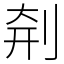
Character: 㓫